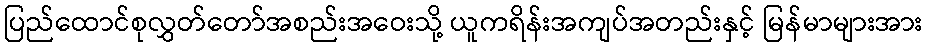
ပြည်ထောင်စုလွှတ်တော်အစည်းအဝေးသို့ ယူကရိန်းအကျပ်အတည်းနှင့် မြန်မာများအား